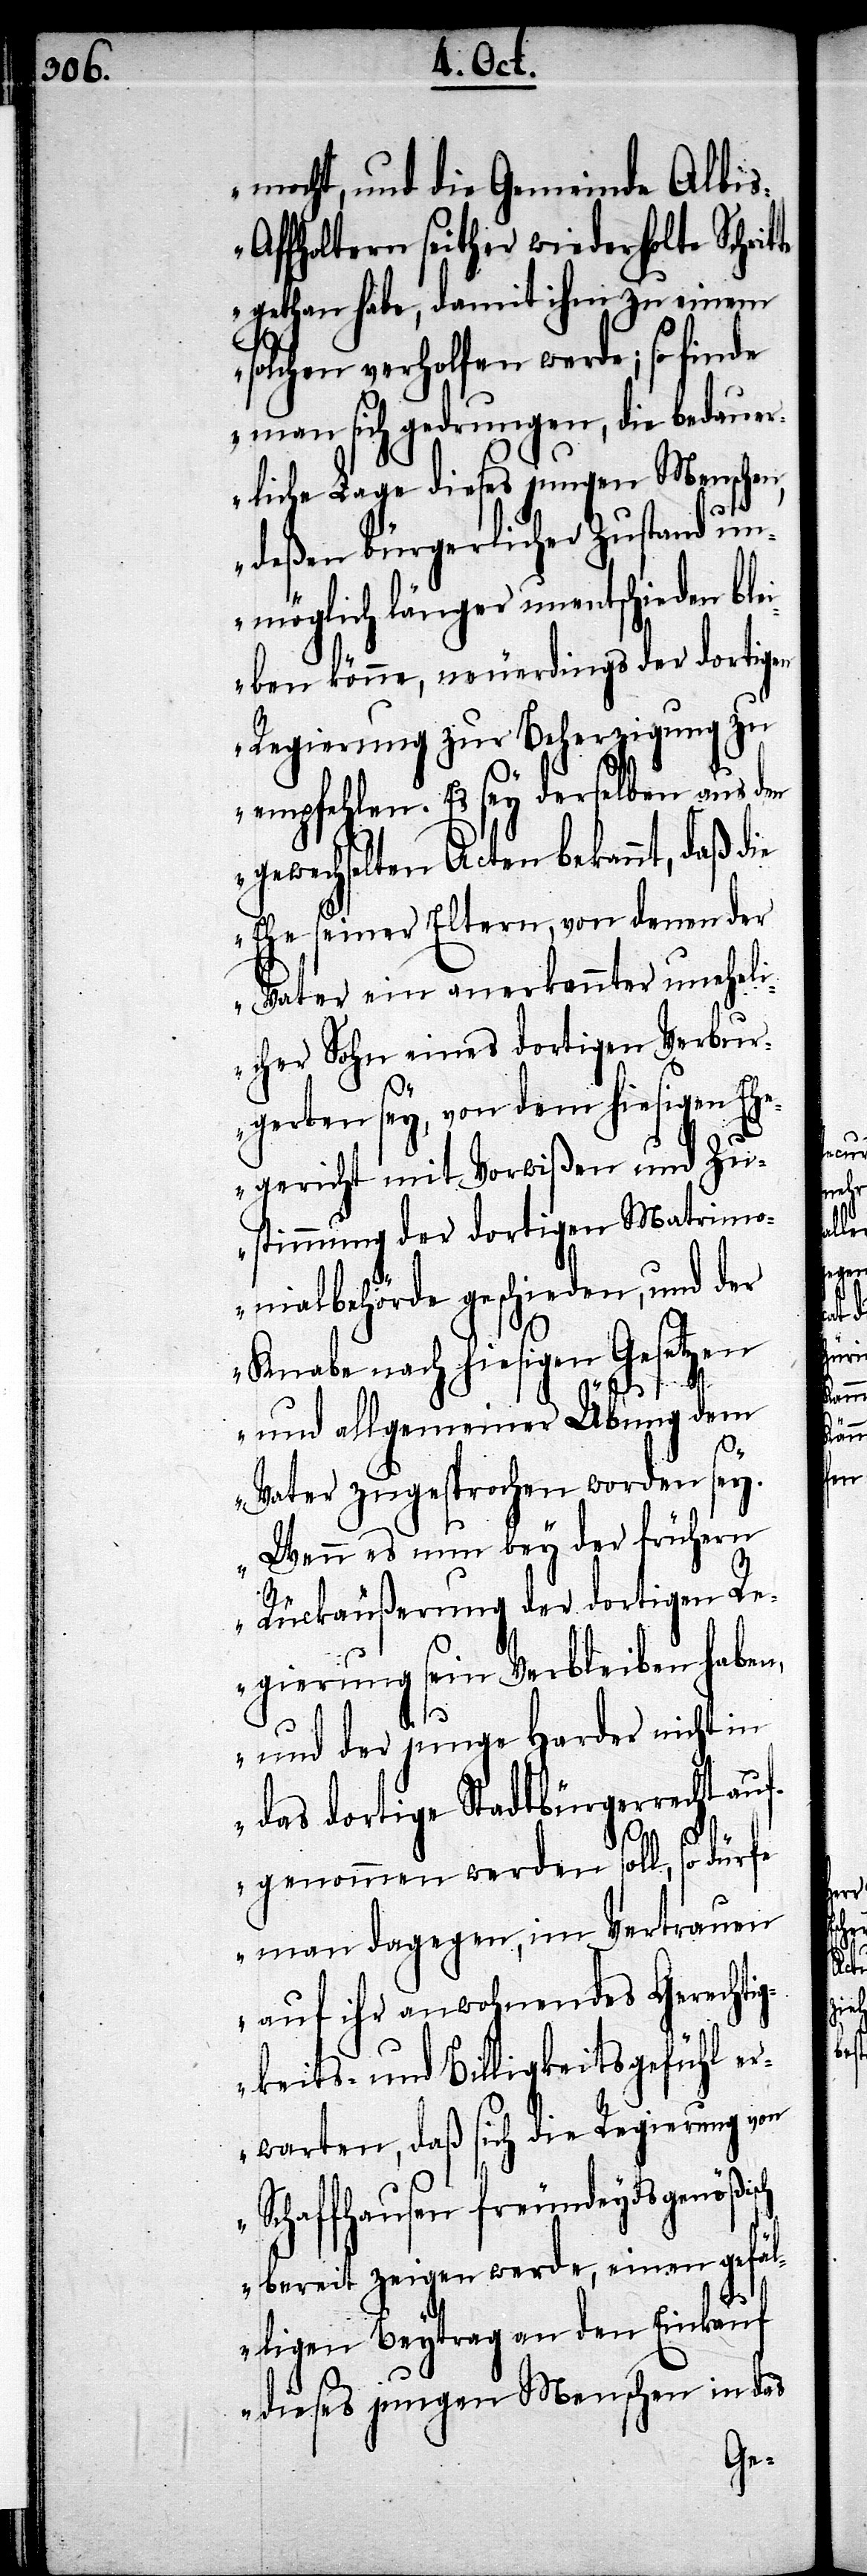
macht, und die Gemeinde Albi¬
s-Affoltern seither wiederholte Schrit¬
gethan habe, damit ihm zu einem
solchen verholfen werde; so finde
man sich gedrungen, die bedauer¬
liche Lage dieses jungen Menschen,
deßen bürgerlicher Zustand un¬
möglich länger unentschieden bl¬
eiben könne, neuerdings der dortigen
Regierung zur Beherzigung zu
empfehlen. Es sey derselben aus den
gewechselten Acten bekannt, daß die
Ehe seiner Eltern, von denen der
Vater ein anerkannter uneheli¬
cher Sohn eines dortigen Verbur¬
gerten sey, von dem hiesigen Ehe¬
gericht mit Vorwißen und Zu¬
stimmung der dortigen Matrimo¬
nialbehörde geschieden, und der
Knabe nach hiesigen Gesetzen
und allgemeiner Übung dem
Vater zugesprochen worden sey.
Wenn es nun bey der frühern
Rückäußerung der dortigen R¬
egierung sein Verbleiben haben,
und der junge Harder nicht in
das dortige Stadtbürgerrecht auf¬
sch
genommen werden soll, so dürfe
man dagegen, im Vertrauen
auf ihr anwohnendes Gerechtig¬
keits- und Billigkeitsgefühl er¬
warten, daß sich die Regierung von
Schaffhausen freundeydsgenößi¬
bereit zeigen werde, einen gefäl¬
ligen Beytrag an den Einkauf
dieses jungen Menschen in das